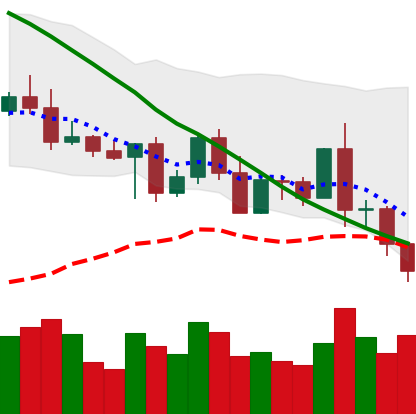
Ticker: BNB-USD
Chart end date: 2022-05-08
Forward return: -18.237%
Label: down_7plus